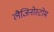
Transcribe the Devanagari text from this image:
लैजिनोस्टोम